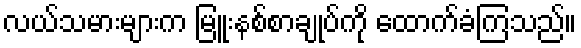
လယ်သမားများက မြူးနစ်စာချုပ်ကို ထောက်ခံကြသည်။